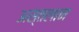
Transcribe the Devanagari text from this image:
अस्तलान